Civil Veterinary Department. Central Provinces & Berar 1925-31 - 1925-1931
Year: 1925
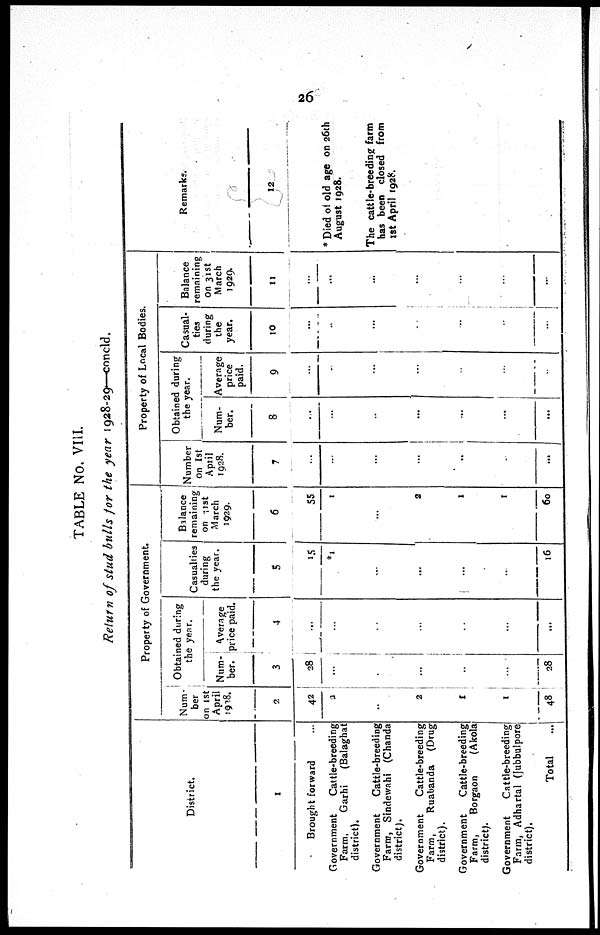
26
TABLE No. VIII.
Return of stud bulls for the year 1928-29-concld.
District.
1
Brought forward ...
Government
Cattle-breeding
Farm,
Garhi
(Balaghat
district).
Government
Cattle-breeding
Farm, Sindewahi (Chanda
district).
Government
Cattle-breeding
Farm,
Ruabanda (Drug
district).
Government
Cattle-breeding
Farm,
Borgaon
(Akola
district).
Government
Cattle-breeding
Farm, Adhartal (Jubbulpore
district).
Total ...
Property of Government.
Num-
ber
on 1st
April
1928.
2
42
2
...
2
1
1
48
Obtained during
the
year.
Num-
ber.
3
28
...
...
...
...
...
28
Average
price paid.
4
...
...
...
...
...
...
...
Casualties
during
the year.
5
15
*1
...
...
...
..
16
Balance
remaining
on 31st
March
1929.
6
55
1
...
2
1
1
60
Property of Local Bodies.
Number
on 1st
April
1928.
7
...
...
...
...
...
...
...
Obtained during
the year.
Num-
ber.
8
...
...
...
...
...
...
...
Average
price
paid.
9
...
...
...
...
...
....
...
Casual-
ties
during
the
year.
10
...
...
...
..
...
...
...
Balance
remaining
on 31st
March
1929.
11
...
...
...
...
...
...
...
Remarks.
12
* Died of old age on 26th
August 1928.
The cattle-breeding farm
has been closed from
1st April 1928.